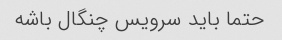
حتما باید سرویس چنگال باشه